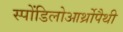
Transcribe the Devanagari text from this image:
स्पोंडिलोआर्थ्रोपैथी